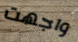
واجهت